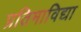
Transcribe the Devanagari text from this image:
प्रतिमाविद्या